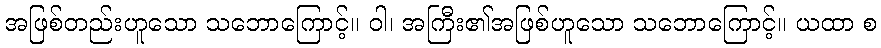
အဖြစ်တည်းဟူသော သဘောကြောင့်။ ဝါ၊ အကြီး၏အဖြစ်ဟူသော သဘောကြောင့်။ ယထာ စ